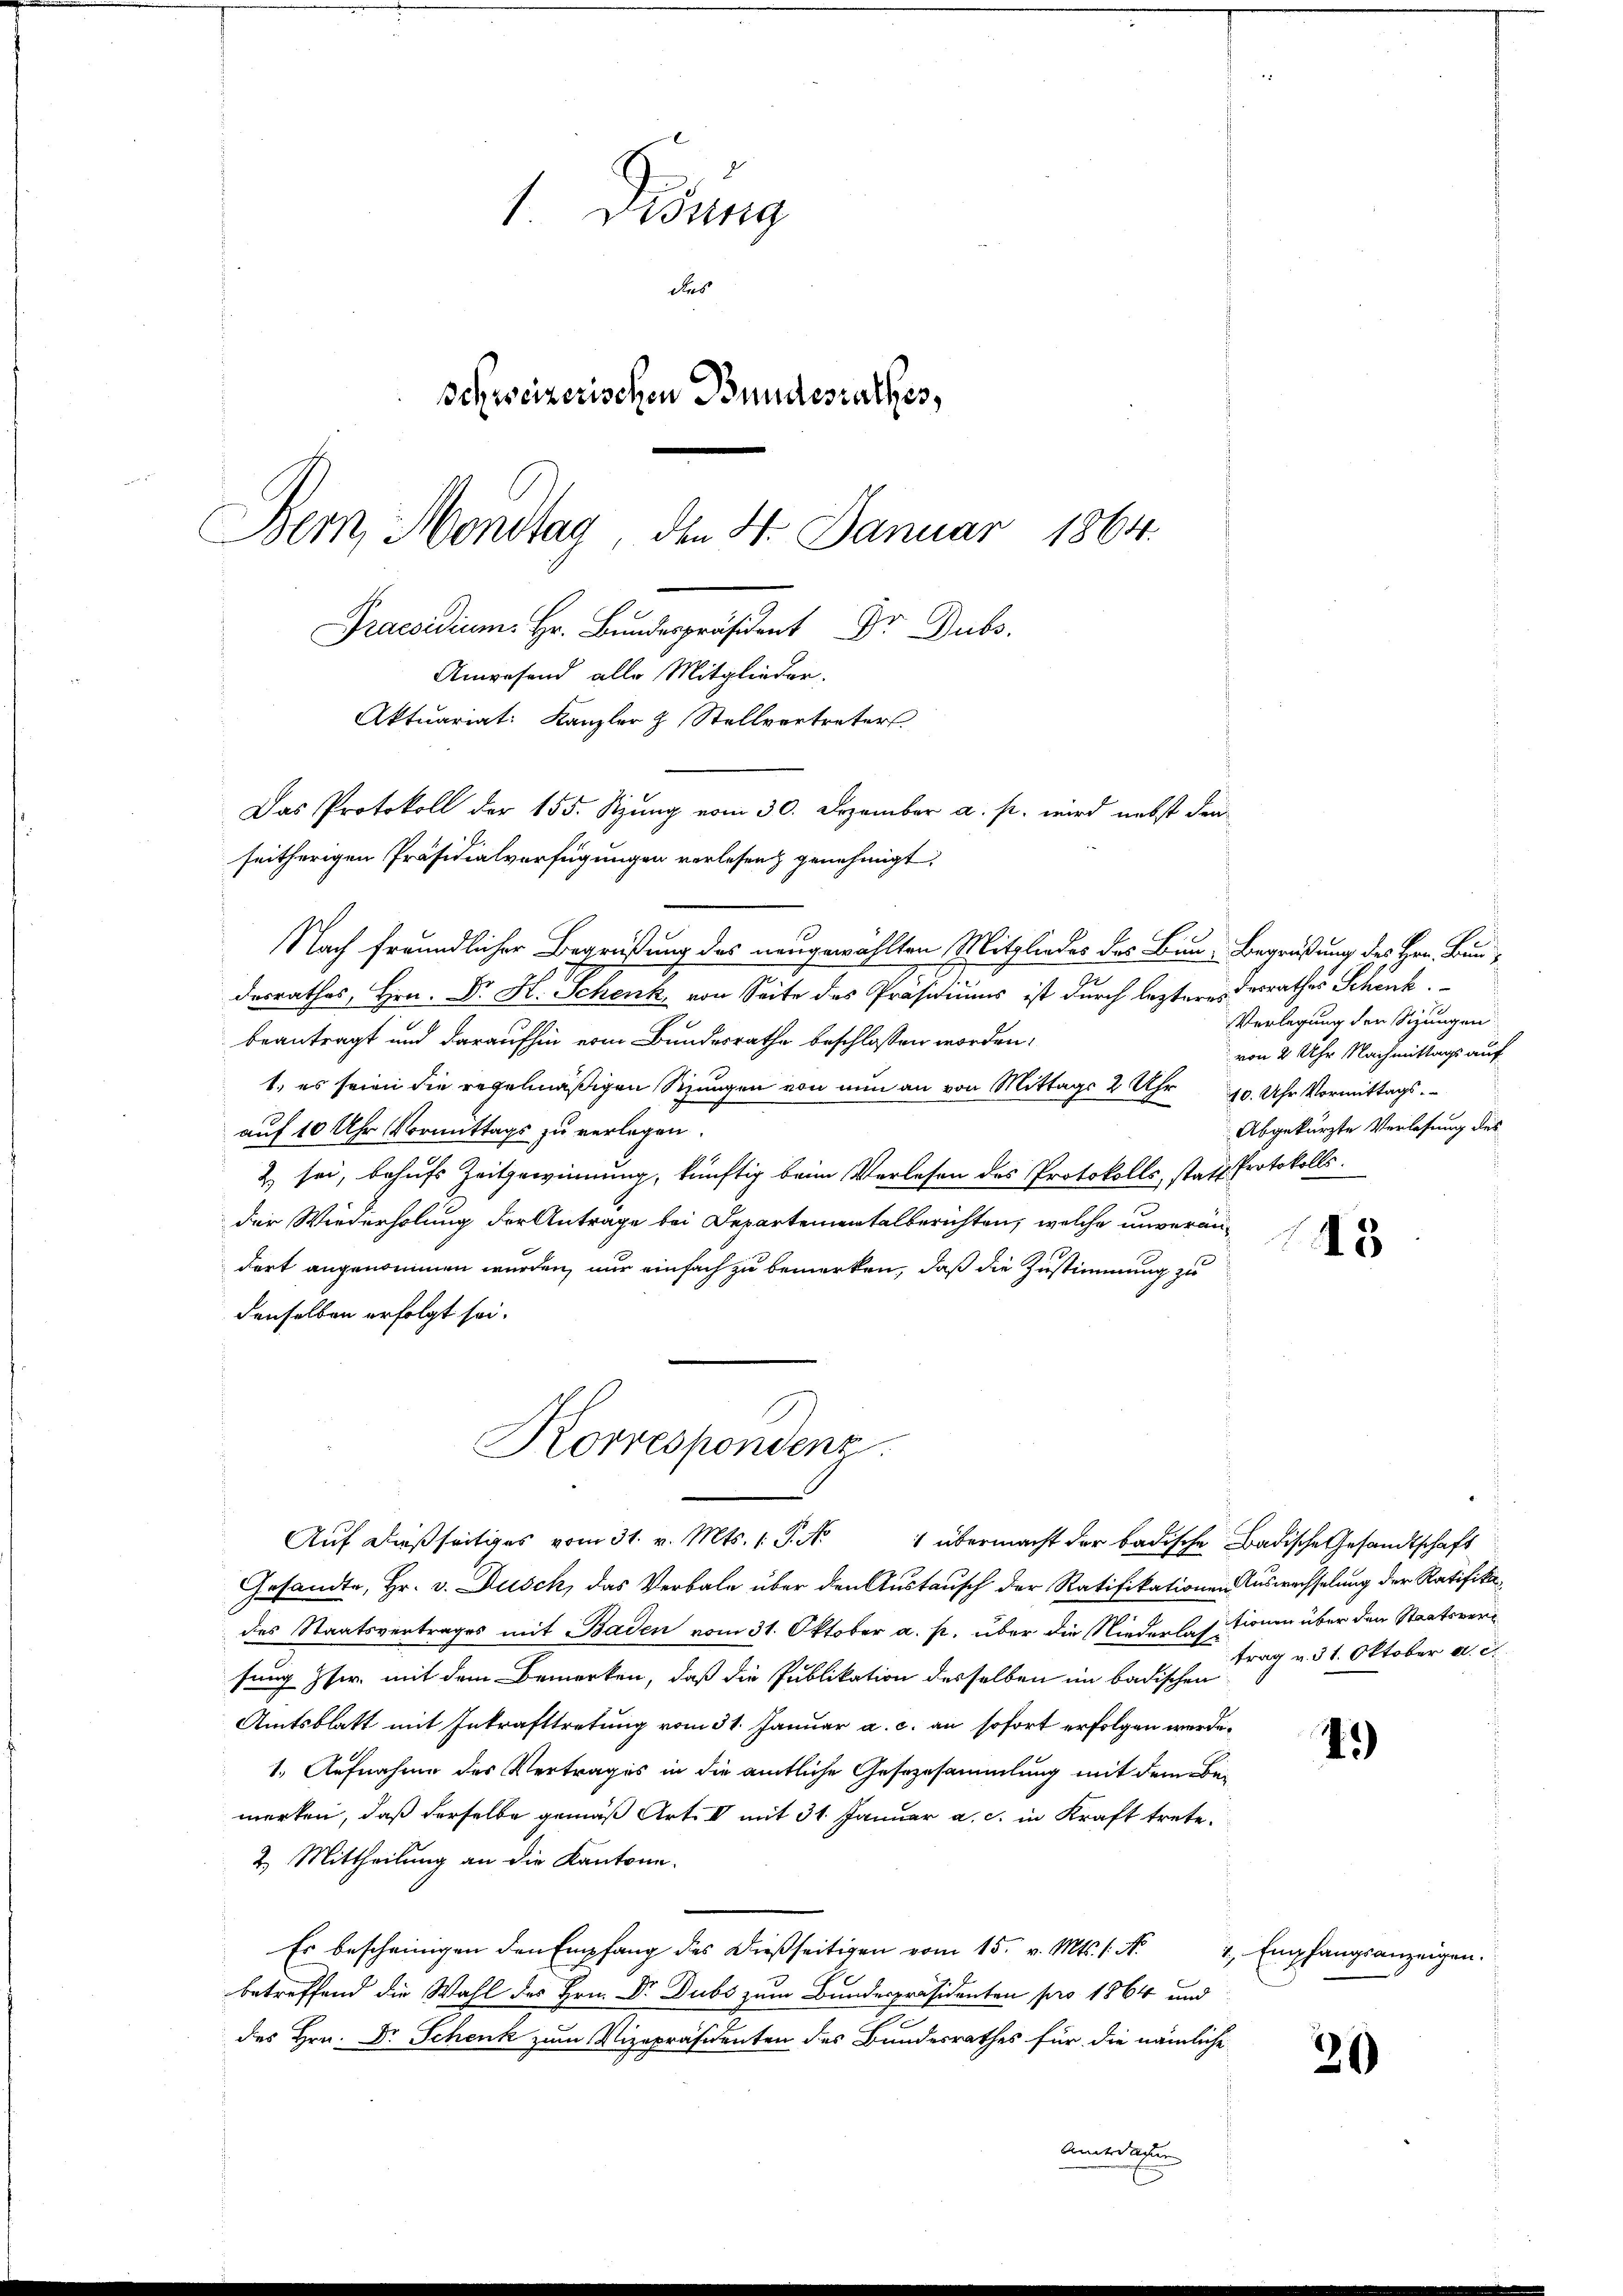
1. Distrig
des
schweizerischen Bundesrathes,
Bern, Mondtag, den 4. Januar 1864.
Praesidium. Hr. Bundespräsident Dr. Dubs
Anwesend alle Mitglieder.
Aktuariat: Kanzler & Stellvertreters
Das Protokoll der 155. Stzung vom 30. Dezember a. p. wird nebst Fra¬

Nach freundlicher Begrüßung des neugewählten Mitgliedes des Bau- Begrüßung des Hrn. Bundesrathes, Hrn. Dr. H. Schenk, von Seite des Präsidiums ist durch lezteres desrathes Schenk.
beantragt und daraufhin vom Bundesrathe beschlossen worden.
1., es seien die regelmäßigen Sungen von nun an von Mittags 2 Uhr 10. Uhr Vormittags.
auf 10 Uhr Vormittags zu verlegen.
2 sei, behufs Zeitgewinnung, künftig beim Verlesen des Protokolls, statt Protokolls.
der Wiederholung der Anträge bei Departementalberichten, welche unverändort angenommen wurden, nur einfach zu bemerken, daß die Zustimmung zu
denselben erfolgt sei.
Korrespondenz
Aŭf dießseitiges vom 31. v. Mts. 1. P. Nr. 1 übermacht der badische Badische Gesandtschaft
Gesandte, Hr. v. Dusch, das Verbale über den Austausch der Ratifikationen Auswechselung der Ratifikades Staatsvertrages mit Baden vom 31. Oktober a. p. über die Niederlassionen über den Staatsversung her mit dem Bemerken, daß die Publikation desselben im badischen
Amtsblatt mit Inkrafttretung vom 31. Januar a. c. an sofort erfolgen werde.
1. Aufnahme des Vertrages in die amtliche Gesezesammlung mit dem Bemerken, daß derselbe gemäß Art. V mit 31. Januar a. c. in Kraft trete.
2. Mittheilung an die Kantone.
Es bescheinigen den Empfang des dießseitigen vom 15. v. Mts. 1. N. 1, Empfangsanzeigen.
betreffend die Wahl des Hrn. Dr. Dubs zum Bundespräsidenten pro 1864 und
des Hrn. Dr. Schenk zum Vizepräsidenten des Bundesrathes für die nämliche
Andlasten

seitherigen Präsidialverfügungen vorlesen genehmigt.

Verlegung der Sizungen
von 2 Uhr Nachmittags auf
Abgekürzte Verlesung des

43

trag v. 31. Oktober d. d.

4.)

29)